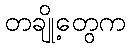
တချို့တွေက